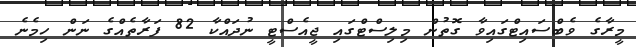
މީރާގެ ވެބްސައިޓްގައިވާ ގޮތުން މިލިސްޓްގައި ޖީއެސްޓީ ނުދައްކާ 82 ފަރާތެއްގެ ނަން ހިމެނެ